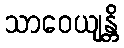
သာဝေယျန္တိ